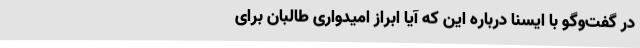
در گفت‌وگو با ایسنا ‌درباره این که آیا ابراز امیدواری طالبان برای